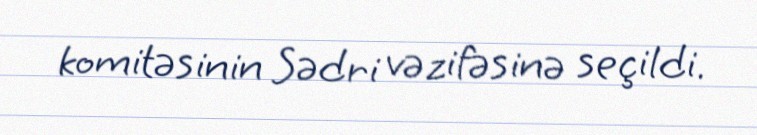
komitəsinin Sədri vəzifəsinə seçildi.